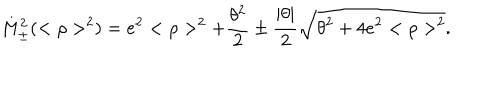
M _ { \pm } ^ { 2 } ( < \rho > ^ { 2 } ) = e ^ { 2 } < \rho > ^ { 2 } + \frac { \theta ^ { 2 } } { 2 } \pm \frac { | \theta | } { 2 } \sqrt { \theta ^ { 2 } + 4 e ^ { 2 } < \rho > ^ { 2 } } .